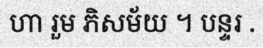
ហា រួម ភិសម័យ ។ បន្ទរ .